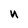
Character: n